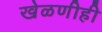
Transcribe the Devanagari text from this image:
खेळणीही